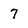
Character: 7